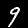
Label: 9